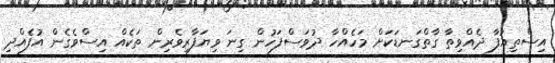
އިސްތިއުފާ ދެއްވިތާ ގާތްގަނޑަކަށް މަހެއްހާ ދުވަސްފަހުން ގިނަ ވިޔަފާރިވެރިން ތަކެއް އިސްވެގެން އުފެއްދި